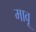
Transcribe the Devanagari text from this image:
मावू